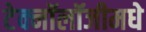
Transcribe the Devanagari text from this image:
टेक्नॉलॉजीमधे